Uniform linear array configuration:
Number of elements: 64
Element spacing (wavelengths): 1
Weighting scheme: uniform
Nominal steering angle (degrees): -45
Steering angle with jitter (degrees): -44.296
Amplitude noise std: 0.05
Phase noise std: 0.05

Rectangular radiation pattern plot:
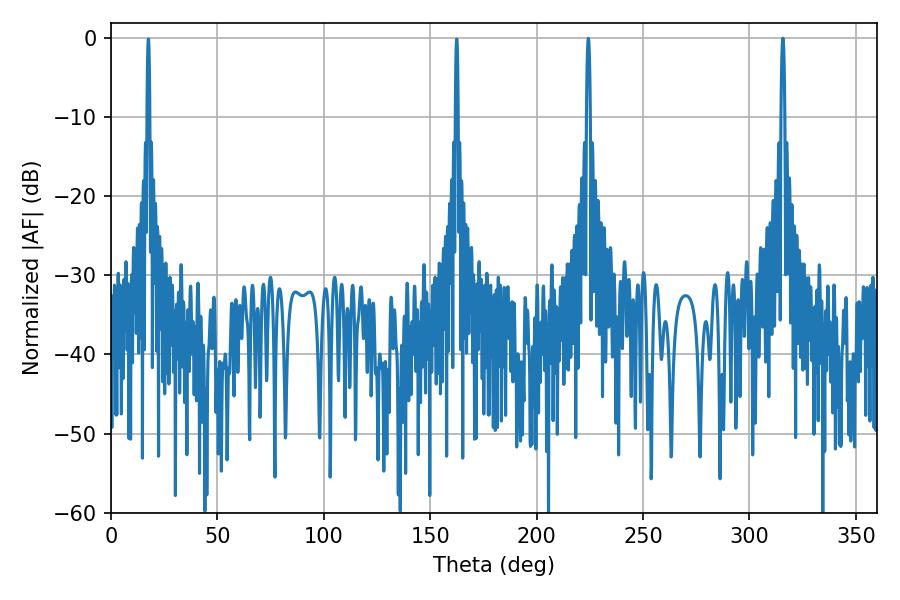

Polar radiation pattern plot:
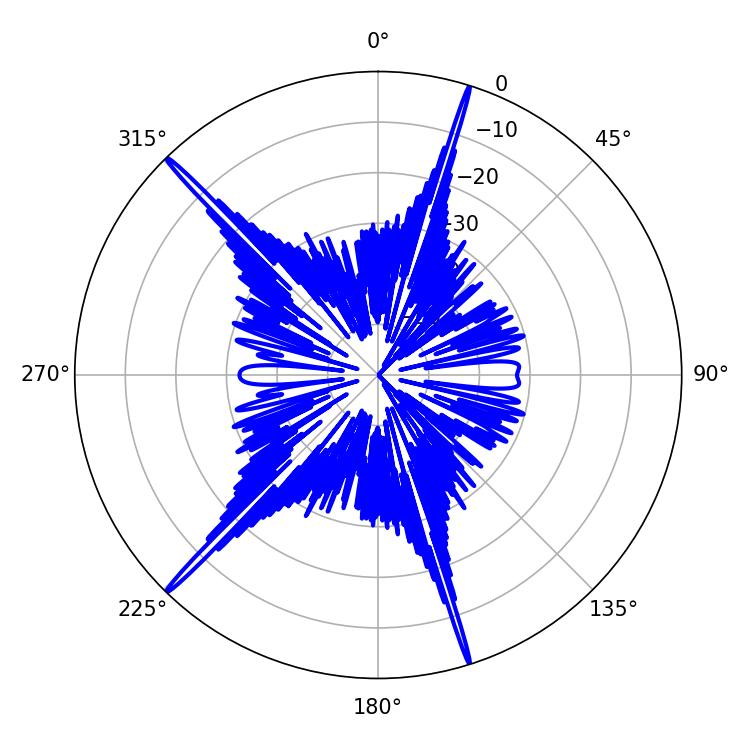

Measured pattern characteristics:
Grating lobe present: TRUE
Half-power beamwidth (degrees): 0.9
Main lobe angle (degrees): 224.28